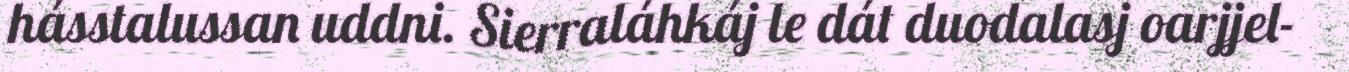
hásstalussan uddni. Sierraláhkáj le dát duodalasj oarjjel-